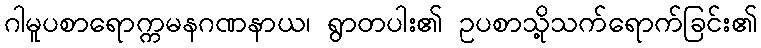
ဂါမူပစာရောက္ကမနဂဏနာယ၊ ရွာတပါး၏ ဥပစာသို့သက်ရောက်ခြင်း၏